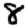
Digit: 8